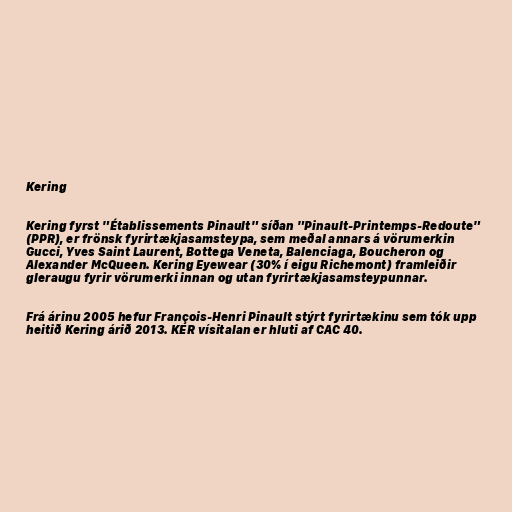
Kering

Kering fyrst "Établissements Pinault" síðan "Pinault-Printemps-Redoute"
(PPR), er frönsk fyrirtækjasamsteypa, sem meðal annars á vörumerkin
Gucci, Yves Saint Laurent, Bottega Veneta, Balenciaga, Boucheron og
Alexander McQueen. Kering Eyewear (30% í eigu Richemont) framleiðir
gleraugu fyrir vörumerki innan og utan fyrirtækjasamsteypunnar.

Frá árinu 2005 hefur François-Henri Pinault stýrt fyrirtækinu sem tók upp
heitið Kering árið 2013. KER vísitalan er hluti af CAC 40.